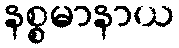
နစ္စမာနာယ